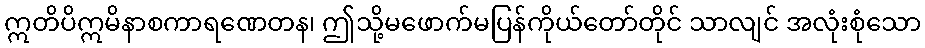
ဣတိပိဣမိနာစကာရဏေတန၊ ဤသို့မဖောက်မပြန်ကိုယ်တော်တိုင် သာလျင် အလုံးစုံသော